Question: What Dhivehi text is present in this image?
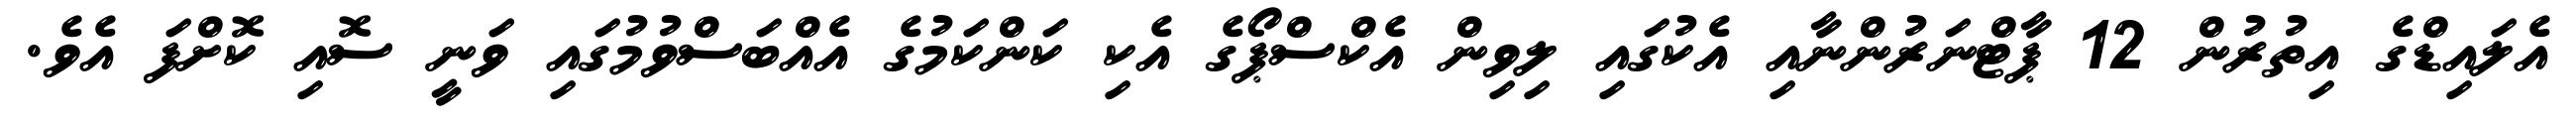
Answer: އެލައިޑްގެ އިތުރުން 12 ޕާޓްނަރުންނާއި އެކުގައި ލިވިން އެކްސްޕޯގެ އެކި ކަންކަމުގެ އެއްބަސްވުމުގައި ވަނީ ސޮއި ކޮށްފަ އެވެ.